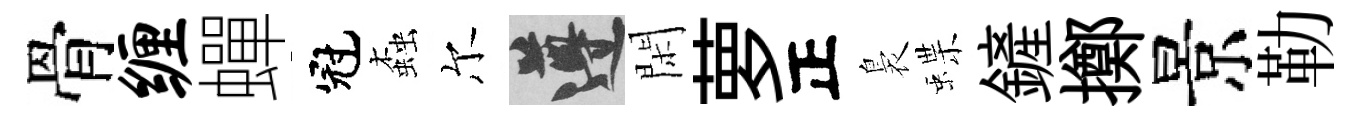
骨缠蟬冠螙尔遵閑萝正裊蝶鏟擲景勒